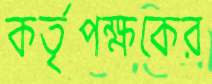
কর্তৃপক্ষকের